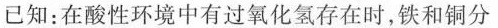
已知：在酸性环境中有过氧化氢存在是，铁和铜分